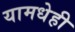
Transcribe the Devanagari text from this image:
यामधेही